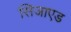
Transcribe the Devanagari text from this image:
सिजाएड